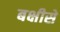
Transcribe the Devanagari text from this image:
बक्षीसे